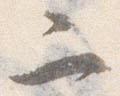
二